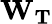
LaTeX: \mathbf{W}_{\mathbf{T}}